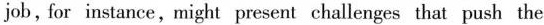
job,for instance,might present challenges that push the